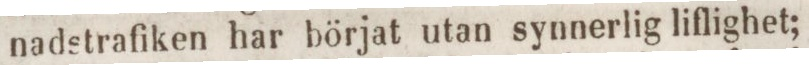
nadstrafiken har börjat utan synnerlig liflighet;